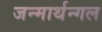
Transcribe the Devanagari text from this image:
जन्मार्थन्गल